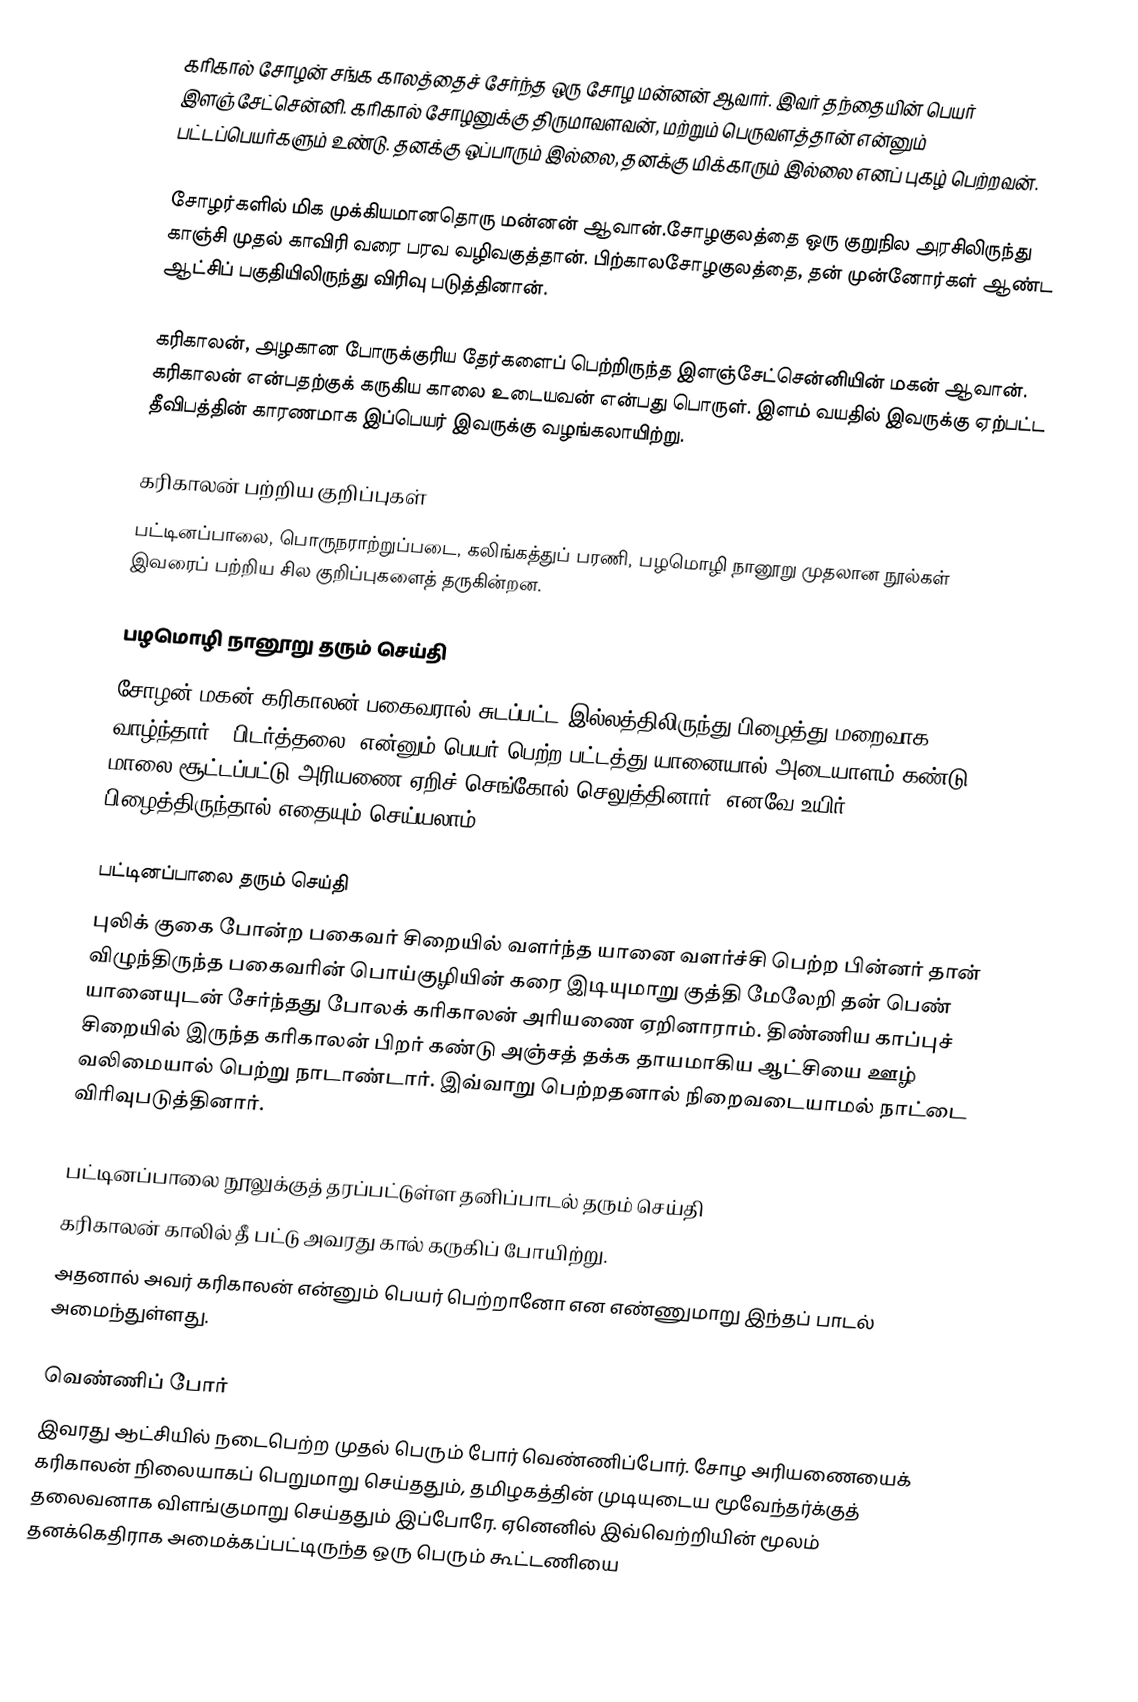
கரிகால் சோழன் சங்க காலத்தைச் சேர்ந்த ஒரு சோழ மன்னன் ஆவார். இவர் தந்தையின் பெயர் இளஞ்சேட்சென்னி. கரிகால் சோழனுக்கு திருமாவளவன், மற்றும் பெருவளத்தான் என்னும் பட்டப்பெயர்களும் உண்டு. தனக்கு ஒப்பாரும் இல்லை, தனக்கு மிக்காரும் இல்லை எனப் புகழ் பெற்றவன்.

சோழர்களில் மிக முக்கியமானதொரு மன்னன் ஆவான்.சோழகுலத்தை ஒரு குறுநில அரசிலிருந்து காஞ்சி முதல் காவிரி வரை பரவ வழிவகுத்தான். பிற்காலசோழகுலத்தை, தன் முன்னோர்கள் ஆண்ட ஆட்சிப் பகுதியிலிருந்து விரிவு படுத்தினான்.

கரிகாலன், அழகான போருக்குரிய தேர்களைப் பெற்றிருந்த இளஞ்சேட்சென்னியின் மகன் ஆவான். கரிகாலன் என்பதற்குக் கருகிய காலை உடையவன் என்பது பொருள். இளம் வயதில் இவருக்கு ஏற்பட்ட தீவிபத்தின் காரணமாக இப்பெயர் இவருக்கு வழங்கலாயிற்று.

கரிகாலன் பற்றிய குறிப்புகள்
பட்டினப்பாலை, பொருநராற்றுப்படை, கலிங்கத்துப் பரணி, பழமொழி நானூறு முதலான நூல்கள் இவரைப் பற்றிய சில குறிப்புகளைத் தருகின்றன.

பழமொழி நானூறு தரும் செய்தி
சோழன் மகன் கரிகாலன் பகைவரால் சுடப்பட்ட இல்லத்திலிருந்து பிழைத்து மறைவாக வாழ்ந்தார். "பிடர்த்தலை" என்னும் பெயர் பெற்ற பட்டத்து யானையால்  அடையாளம் கண்டு  மாலை சூட்டப்பட்டு அரியணை ஏறிச் செங்கோல் செலுத்தினார். எனவே உயிர் பிழைத்திருந்தால் எதையும் செய்யலாம்.

பட்டினப்பாலை தரும் செய்தி
புலிக் குகை போன்ற பகைவர் சிறையில் வளர்ந்த யானை வளர்ச்சி பெற்ற பின்னர் தான் விழுந்திருந்த பகைவரின்  பொய்குழியின் கரை இடியுமாறு குத்தி மேலேறி தன் பெண் யானையுடன் சேர்ந்தது  போலக் கரிகாலன் அரியணை ஏறினாராம். திண்ணிய காப்புச் சிறையில் இருந்த கரிகாலன் பிறர் கண்டு அஞ்சத் தக்க தாயமாகிய ஆட்சியை ஊழ் வலிமையால் பெற்று நாடாண்டார். இவ்வாறு பெற்றதனால் நிறைவடையாமல் நாட்டை விரிவுபடுத்தினார்.

பட்டினப்பாலை நூலுக்குத் தரப்பட்டுள்ள தனிப்பாடல் தரும் செய்தி
கரிகாலன் காலில் தீ பட்டு அவரது கால் கருகிப் போயிற்று.
அதனால் அவர் கரிகாலன் என்னும் பெயர் பெற்றானோ என எண்ணுமாறு இந்தப் பாடல் அமைந்துள்ளது.

வெண்ணிப் போர்
இவரது ஆட்சியில் நடைபெற்ற முதல் பெரும் போர் வெண்ணிப்போர். சோழ அரியணையைக் கரிகாலன் நிலையாகப் பெறுமாறு செய்ததும், தமிழகத்தின் முடியுடைய மூவேந்தர்க்குத் தலைவனாக விளங்குமாறு செய்ததும் இப்போரே. ஏனெனில் இவ்வெற்றியின் மூலம் தனக்கெதிராக அமைக்கப்பட்டிருந்த ஒரு பெரும் கூட்டணியை